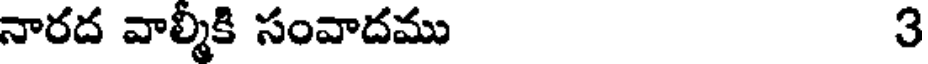
నారద వాల్మీకి సంవాదము 3